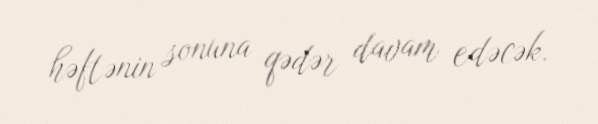
həftənin sonuna qədər davam edəcək.